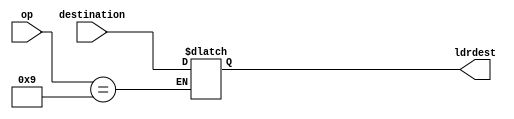
module deststore (destination, op, ldrdest);
input [3:0] destination;
input [3:0] op;
output reg [3:0] ldrdest;
always @*
begin
if(op == 4'b1001)
	ldrdest = destination;
else
begin
	ldrdest = ldrdest;
end
end
endmodule